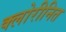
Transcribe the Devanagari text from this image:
क्लोरीनित